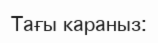
Тағы караныз: